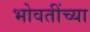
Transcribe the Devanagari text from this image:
भोवतींच्या